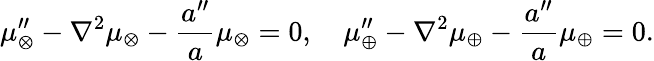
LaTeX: \mu_{\otimes}^{\prime\prime}-\nabla^{2}\mu_{\otimes}-\frac{a^{\prime\prime}}{a}\mu_{\otimes}=0,~~~~\mu_{\oplus}^{\prime\prime}-\nabla^{2}\mu_{\oplus}-\frac{a^{\prime\prime}}{a}\mu_{\oplus}=0.